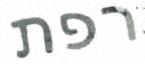
רפת